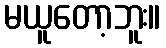
မယူတော့ဘူး။